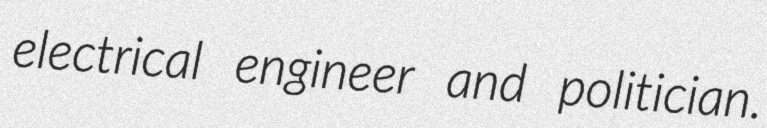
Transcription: electrical engineer and politician.